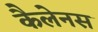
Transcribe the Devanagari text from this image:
कैलेनस